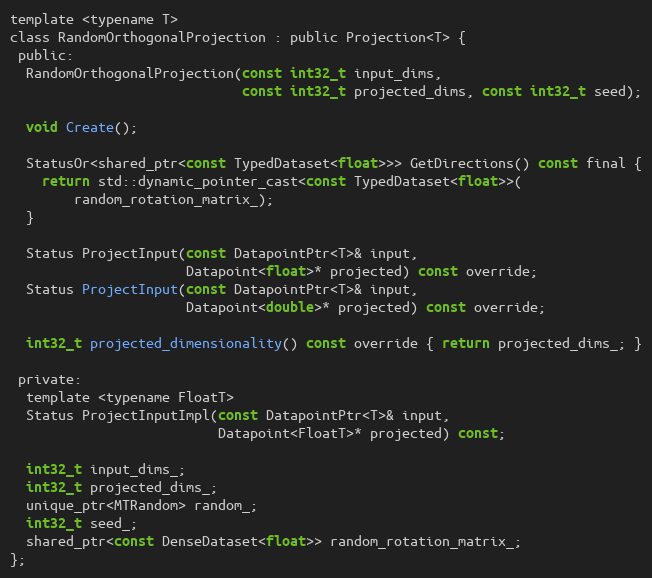
Language: C
template <typename T>
class RandomOrthogonalProjection : public Projection<T> {
 public:
  RandomOrthogonalProjection(const int32_t input_dims,
                             const int32_t projected_dims, const int32_t seed);

  void Create();

  StatusOr<shared_ptr<const TypedDataset<float>>> GetDirections() const final {
    return std::dynamic_pointer_cast<const TypedDataset<float>>(
        random_rotation_matrix_);
  }

  Status ProjectInput(const DatapointPtr<T>& input,
                      Datapoint<float>* projected) const override;
  Status ProjectInput(const DatapointPtr<T>& input,
                      Datapoint<double>* projected) const override;

  int32_t projected_dimensionality() const override { return projected_dims_; }

 private:
  template <typename FloatT>
  Status ProjectInputImpl(const DatapointPtr<T>& input,
                          Datapoint<FloatT>* projected) const;

  int32_t input_dims_;
  int32_t projected_dims_;
  unique_ptr<MTRandom> random_;
  int32_t seed_;
  shared_ptr<const DenseDataset<float>> random_rotation_matrix_;
};